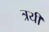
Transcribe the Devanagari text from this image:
त्रयीं